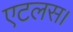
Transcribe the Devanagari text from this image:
एटलस।